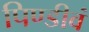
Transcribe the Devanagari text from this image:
पिण्डीवं